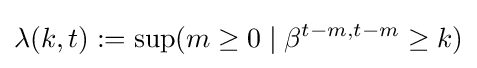
\lambda (k,t):=\sup(m\geq 0\mid \beta ^{t-m,t-m}\geq k)